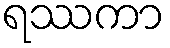
ရဿကာ